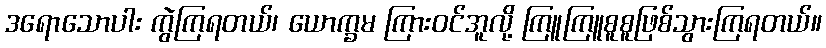
ဒရောသောပါး ကွဲကြရတယ်၊ ယောက္ခမ ကြားဝင်အူလို့ ကြူကြူစူစူဖြစ်သွားကြရတယ်။